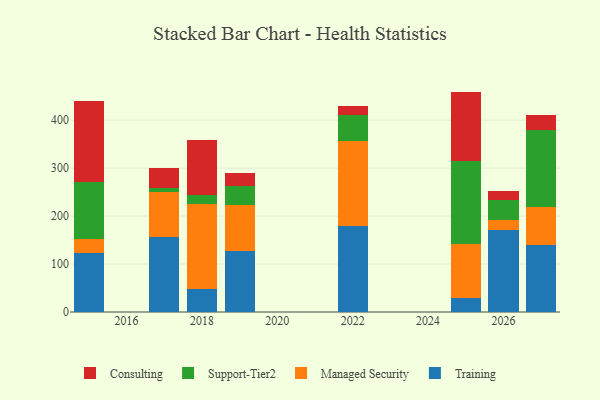
{"axis": {"x": "Year", "y": "Gross Profit (USD K)"}, "legend": ["Consulting", "Managed Security", "Support-Tier2", "Training"], "data": [{"x": "2019", "y": 126.9, "type": "Training"}, {"x": "2019", "y": 95.4, "type": "Managed Security"}, {"x": "2019", "y": 39.5, "type": "Support-Tier2"}, {"x": "2019", "y": 28.1, "type": "Consulting"}, {"x": "2017", "y": 156.6, "type": "Training"}, {"x": "2017", "y": 94.5, "type": "Managed Security"}, {"x": "2017", "y": 8.3, "type": "Support-Tier2"}, {"x": "2017", "y": 40.1, "type": "Consulting"}, {"x": "2015", "y": 122.7, "type": "Training"}, {"x": "2015", "y": 29.4, "type": "Managed Security"}, {"x": "2015", "y": 118.7, "type": "Support-Tier2"}, {"x": "2015", "y": 169.0, "type": "Consulting"}, {"x": "2026", "y": 170.0, "type": "Training"}, {"x": "2026", "y": 22.3, "type": "Managed Security"}, {"x": "2026", "y": 41.7, "type": "Support-Tier2"}, {"x": "2026", "y": 19.2, "type": "Consulting"}, {"x": "2025", "y": 30.1, "type": "Training"}, {"x": "2025", "y": 112.7, "type": "Managed Security"}, {"x": "2025", "y": 171.4, "type": "Support-Tier2"}, {"x": "2025", "y": 145.4, "type": "Consulting"}, {"x": "2018", "y": 48.7, "type": "Training"}, {"x": "2018", "y": 177.5, "type": "Managed Security"}, {"x": "2018", "y": 17.8, "type": "Support-Tier2"}, {"x": "2018", "y": 114.4, "type": "Consulting"}, {"x": "2027", "y": 140.5, "type": "Training"}, {"x": "2027", "y": 78.1, "type": "Managed Security"}, {"x": "2027", "y": 160.0, "type": "Support-Tier2"}, {"x": "2027", "y": 32.0, "type": "Consulting"}, {"x": "2022", "y": 178.9, "type": "Training"}, {"x": "2022", "y": 178.1, "type": "Managed Security"}, {"x": "2022", "y": 54.1, "type": "Support-Tier2"}, {"x": "2022", "y": 19.4, "type": "Consulting"}]}